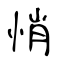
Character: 悄